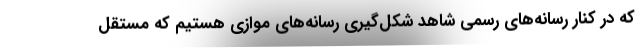
كه در كنار رسانه‌هاي رسمي شاهد شكل‌گيري رسانه‌هاي موازي هستيم كه مستقل